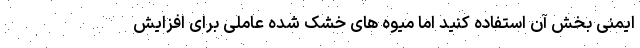
ایمنی بخش آن استفاده کنید اما میوه های خشک شده عاملی برای افزایش